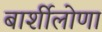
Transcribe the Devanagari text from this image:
बार्शीलोणा